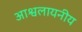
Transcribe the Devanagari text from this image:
आश्वलायनीय